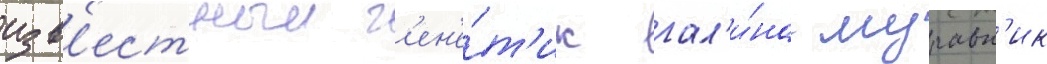
изв'естныи г'ен'е́т'ик гал'и́на муравн'ик